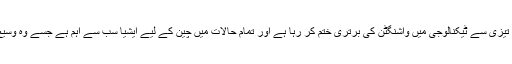
چین کے پاس اتحادیوں کا ایسا نظام نہیں لیکن وہ تیزی سے ٹیکنالوجی میں واشنگٹن کی برتری ختم کر رہا ہے اور تمام حالات میں چین کے لیے ایشیا سب سے اہم ہے جسے وہ وسیع زبان میں اپنے علاقے کے طور پر دیکھتا ہے۔